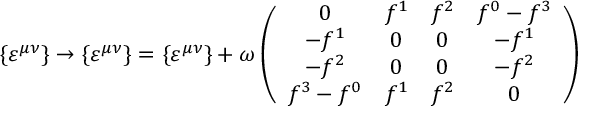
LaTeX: \{ \varepsilon ^ { \mu \nu } \} \rightarrow \{ \varepsilon ^ { \mu \nu } \} = \{ \varepsilon ^ { \mu \nu } \} + \omega \left( \begin{array} { c c c c } { { 0 } } & { { f ^ { 1 } } } & { { f ^ { 2 } } } & { { f ^ { 0 } - f ^ { 3 } } } \\ { { - f ^ { 1 } } } & { { 0 } } & { { 0 } } & { { - f ^ { 1 } } } \\ { { - f ^ { 2 } } } & { { 0 } } & { { 0 } } & { { - f ^ { 2 } } } \\ { { f ^ { 3 } - f ^ { 0 } } } & { { f ^ { 1 } } } & { { f ^ { 2 } } } & { { 0 } } \end{array} \right)